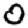
Digit: 0